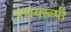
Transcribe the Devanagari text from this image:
प्रणयरूपी